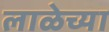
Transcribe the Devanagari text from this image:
लाळेच्या